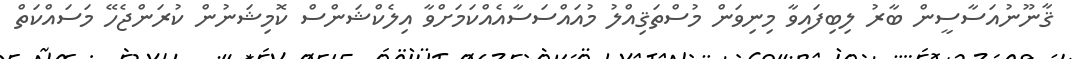
ޤާނޫނުއަސާސީން ބާރު ލިބިފައިވާ މިނިވަން މުސްތަޤިއްލު މުއައްސަސާއެއްކަމަށްވާ އިލެކްޝަންސް ކޮމިޝަނުން ކުރަންޖެހޭ މަސައްކަތް